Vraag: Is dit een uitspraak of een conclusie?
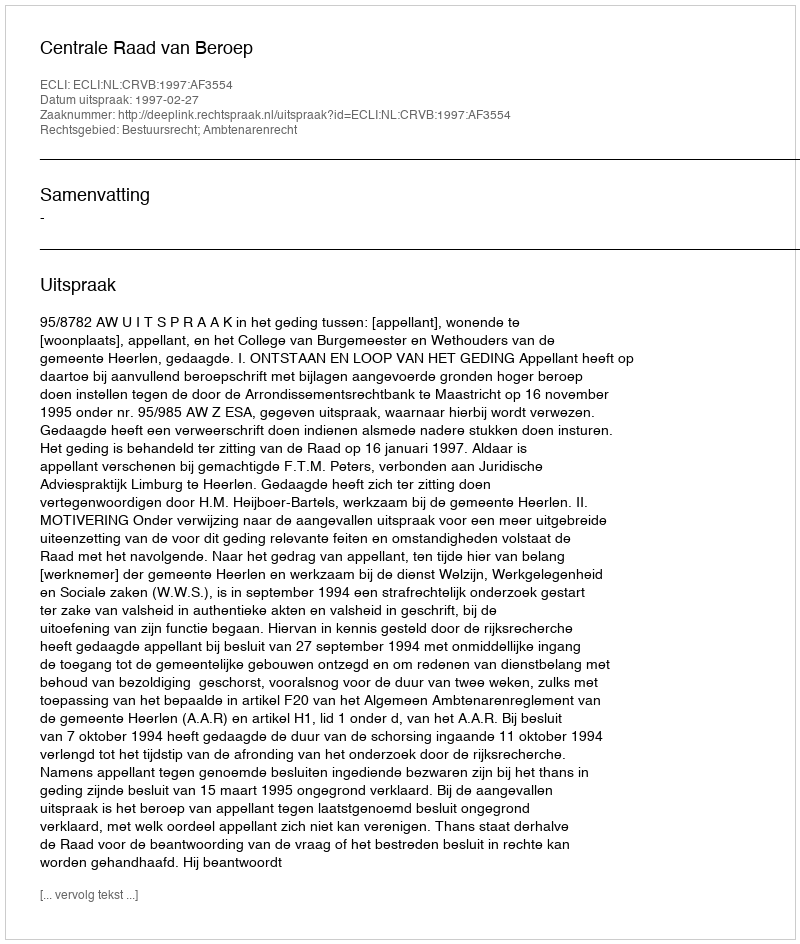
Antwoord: Uitspraak